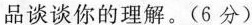
品谈谈你的理解。（6分）